Annual report on the Civil Veterinary Department, Burma (including the Insein Veterinary School) - 1923-1931
Year: 1923
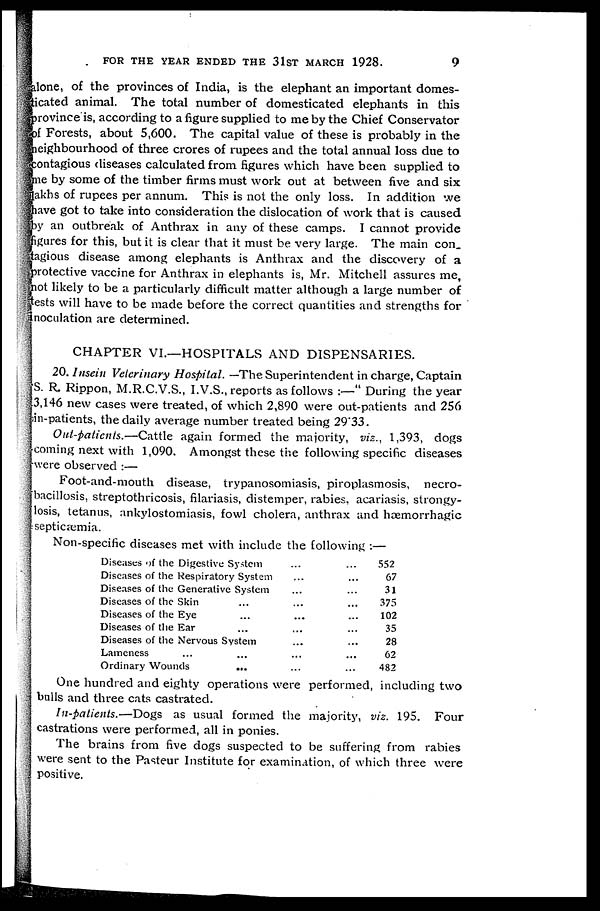
FOR THE YEAR ENDED THE 31ST MARCH 1928.
9
lone, of the provinces of India, is the elephant an important domes-
icated animal. The total number of domesticated elephants in this
province is, according to a figure supplied to me by the Chief Conservator
of Forests, about 5,600. The capital value of these is probably in the
neighbourhood of three crores of rupees and the total annual loss due to
contagious diseases calculated from figures which have been supplied to
me by some of the timber firms must work out at between five and six
akhs of rupees per annum. This is not the only loss. In addition we
have got to take into consideration the dislocation of work that is caused
oy an outbreak of Anthrax in any of these camps. I cannot provide
gures for this, but it is clear that it must be very large. The main con_
agious disease among elephants is Anthrax and the discovery of a
protective vaccine for Anthrax in elephants is, Mr. Mitchell assures me,
lot likely to be a particularly difficult matter although a large number of
ests will have to be made before the correct quantities and strengths for
noculation are determined.
CHAPTER VI.—HOSPITALS AND DISPENSARIES.
20. Insein Veterinary Hospital. —The Superintendent in charge, Captain
S. R. Rippon, M.R.C.V.S., I.V.S., reports as follows :—" During the year
3,146 new cases were treated, of which 2,890 were out-patients and 256
in-patients, the daily average number treated being 29.33.
Out-patients.—Cattle again formed the majority, viz., 1,393, dogs
coming next with 1,090. Amongst these the following specific diseases
were observed :—
Foot-and-mouth disease, trypanosomiasis, piroplasmosis, necro-
bacillosis, streptothricosis, filariasis, distemper, rabies, acariasis, strongy-
losis, tetanus, ankylostomiasis, fowl cholera, anthrax and hæmorrhagic
septicæmia.
Non-specific diseases met with include the following :—
Diseases of the Digestive System
Diseases of the Respiratory System
Diseases of the Generative System
Diseases of the Skin ...
Diseases of the Eye ...
Diseases of the Ear ...
Diseases of the Nervous System
Lameness ... ...
Ordinary Wounds
...
...
...
...
...
...
...
...
...
...
...
...
...
...
...
...
...
...
...
552
67
31
375
102
35
28
62
482
One hundred and eighty operations were performed, including two
bulls and three cats castrated.
In-patients.—Dogs as usual formed the majority, viz. 195. Four
castrations were performed, all in ponies.
The brains from five dogs suspected to be suffering from rabies
were sent to the Pasteur Institute for examination, of which three were
positive.